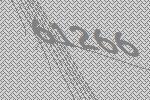
61266